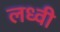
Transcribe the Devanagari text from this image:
लध्वी